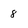
Character: 8